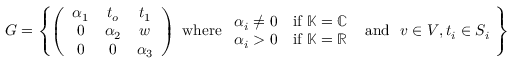
G = \left\{ \left( \begin{array} { c c c } { \alpha _ { 1 } } & { t _ { o } } & { t _ { 1 } } \\ { 0 } & { \alpha _ { 2 } } & { w } \\ { 0 } & { 0 } & { \alpha _ { 3 } } \end{array} \right) \ \mathrm { w h e r e } \ \begin{array} { l l } { \alpha _ { i } \neq 0 } & { \mathrm { i f } \ \mathbb { K } = \mathbb { C } } \\ { \alpha _ { i } > 0 } & { \mathrm { i f } \ \mathbb { K } = \mathbb { R } } \end{array} \ \ \mathrm { a n d } \ \ v \in V , t _ { i } \in S _ { i } \ \right\}